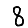
Digit: 8